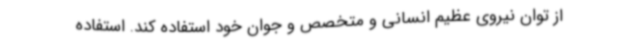
از توان نیروی عظیم انسانی و متخصص و جوان خود استفاده کند. استفاده